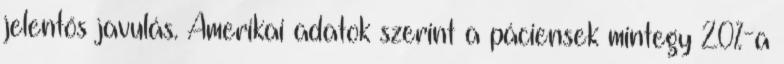
jelentős javulás. Amerikai adatok szerint a páciensek mintegy 20%-a